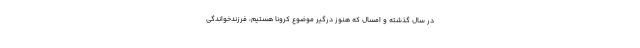
در سال گذشته و امسال که هنوز درگیر موضوع کرونا هستیم، فرزندخواندگی